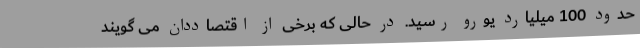
حدود 100 میلیارد یورو رسید. در حالی که برخی از اقتصاددان می گویند